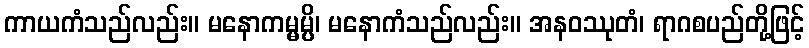
ကာယကံသည်လည်း။ မနောကမ္မမ္ပိ၊ မနောကံသည်လည်း။ အနဝဿုတံ၊ ရာဂစပည်တို့ဖြင့်